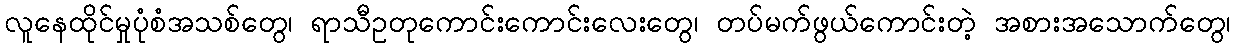
လူနေထိုင်မှုပုံစံအသစ်တွေ၊ ရာသီဥတုကောင်းကောင်းလေးတွေ၊ တပ်မက်ဖွယ်ကောင်းတဲ့ အစားအသောက်တွေ၊